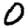
Digit: 0